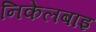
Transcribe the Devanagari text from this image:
निकेलबाइ